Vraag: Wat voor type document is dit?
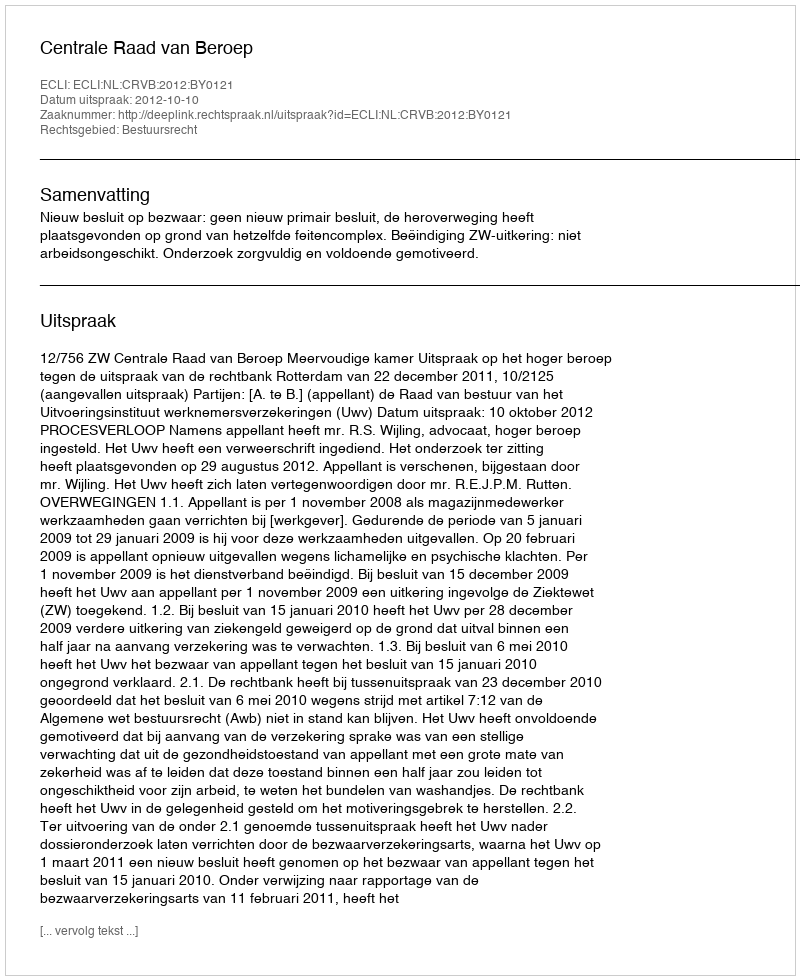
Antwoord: Uitspraak